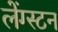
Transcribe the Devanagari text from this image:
लेंग्स्टन